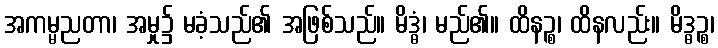
အကမ္မညတာ၊ အမှု၌ မခံ့သည်၏ အဖြစ်သည်။ မိဒ္ဓံ၊ မည်၏။ ထိနဉ္စ၊ ထိနလည်း။ မိဒ္ဓဉ္စ၊